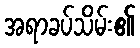
အရာခပ်သိမ်း၏